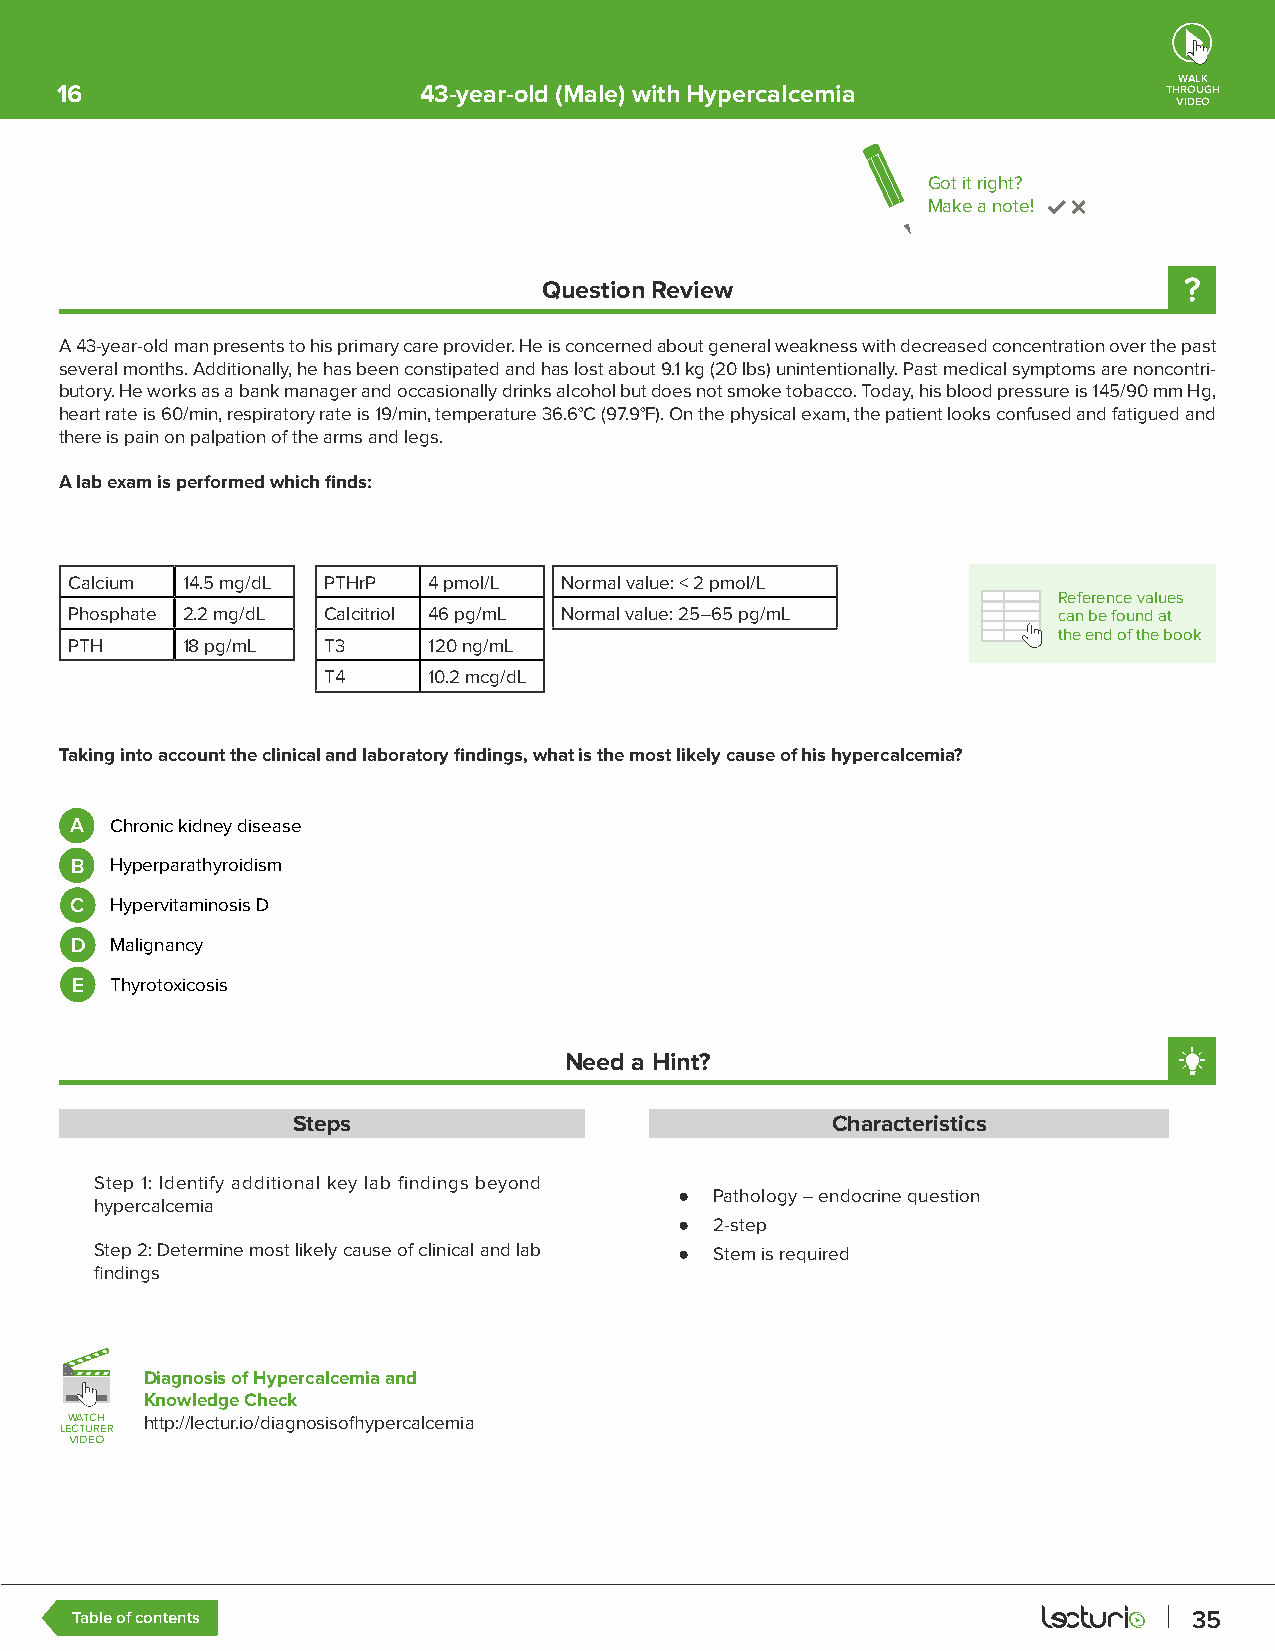
WALK
 16                      43-year-old (Male) with Hypercalcemia            THROUGH
 VIDEO
 Got it right?
 Make a note!
 Question Review
 A 43-year-old man presents to his primary care provider. He is concerned about general weakness with decreased concentration over the past
 several months. Additionally, he has been constipated and has lost about 9.1 kg (20 lbs) unintentionally. Past medical symptoms are noncontri-
 butory. He works as a bank manager and occasionally drinks alcohol but does not smoke tobacco. Today, his blood pressure is 145/90 mm Hg,
 heart rate is 60/min, respiratory rate is 19/min, temperature 36.6°C (97.9°F). On the physical exam, the patient looks confused and fatigued and
 there is pain on palpation of the arms and legs.
 A lab exam is performed which finds:
 Calcium 14.5 mg/dL PTHrP 4 pmol/L Normal value: < 2 pmol/L
 Reference values
 Phosphate 2.2 mg/dL Calcitriol 46 pg/mL Normal value: 25–65 pg/mL can be found at
 the end of the book
 PTH    18 pg/mL T3     120 ng/mL
 T4     10.2 mcg/dL
 Taking into account the clinical and laboratory findings, what is the most likely cause of his hypercalcemia?
 A Chronic kidney disease
 B Hyperparathyroidism
 C Hypervitaminosis D
 D Malignancy
 E Thyrotoxicosis
 Need a Hint?
 Steps                               Characteristics
 Step 1: Identify additional key lab findings beyond
 ● Pathology – endocrine question
 hypercalcemia
 ● 2-step
 Step 2: Determine most likely cause of clinical and lab ● Stem is required
 findings
 Diagnosis of Hypercalcemia and
 Knowledge Check
 LLEEWW CCAA TTTT UUCC RRHH EE RR http://lectur.io/diagnosisofhypercalcemia
 VVIIDDEEOO
 Table of contents                                                         35